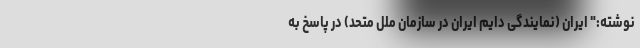
نوشته:" ایران (نمایندگی دایم ایران در سازمان ملل متحد) در پاسخ به